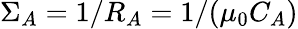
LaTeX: \Sigma_{A}=1/R_{A}=1/(\mu_{0}C_{A})